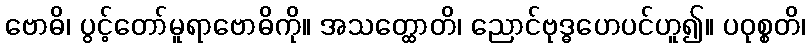
ဗောဓိ၊ ပွင့်တော်မူရာဗောဓိကို။ အသတ္ထောတိ၊ ညောင်ဗုဒ္ဓဟေပင်ဟူ၍။ ပဝုစ္စတိ၊